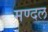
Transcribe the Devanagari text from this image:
मण्दल